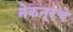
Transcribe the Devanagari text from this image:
नेकनूरचे